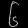
Digit: ၆